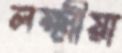
লক্ষ্মীয়া